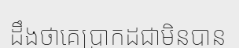
ដឹងថាគេប្រាកដជាមិនបាន